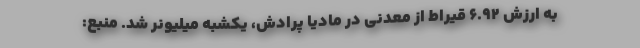
به ارزش ۶.۹۲ قیراط از معدنی در مادیا پرادش، یکشبه میلیونر شد. منبع: